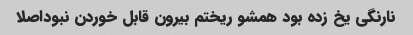
نارنگی یخ زده بود همشو ریختم بیرون قابل خوردن نبوداصلا